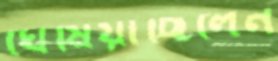
ঘেঁষিয়াছিলেন